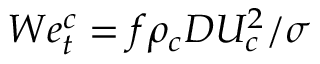
W e _ { t } ^ { c } = f \rho _ { c } D U _ { c } ^ { 2 } / \sigma